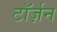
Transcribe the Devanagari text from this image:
टॉर्ज़न